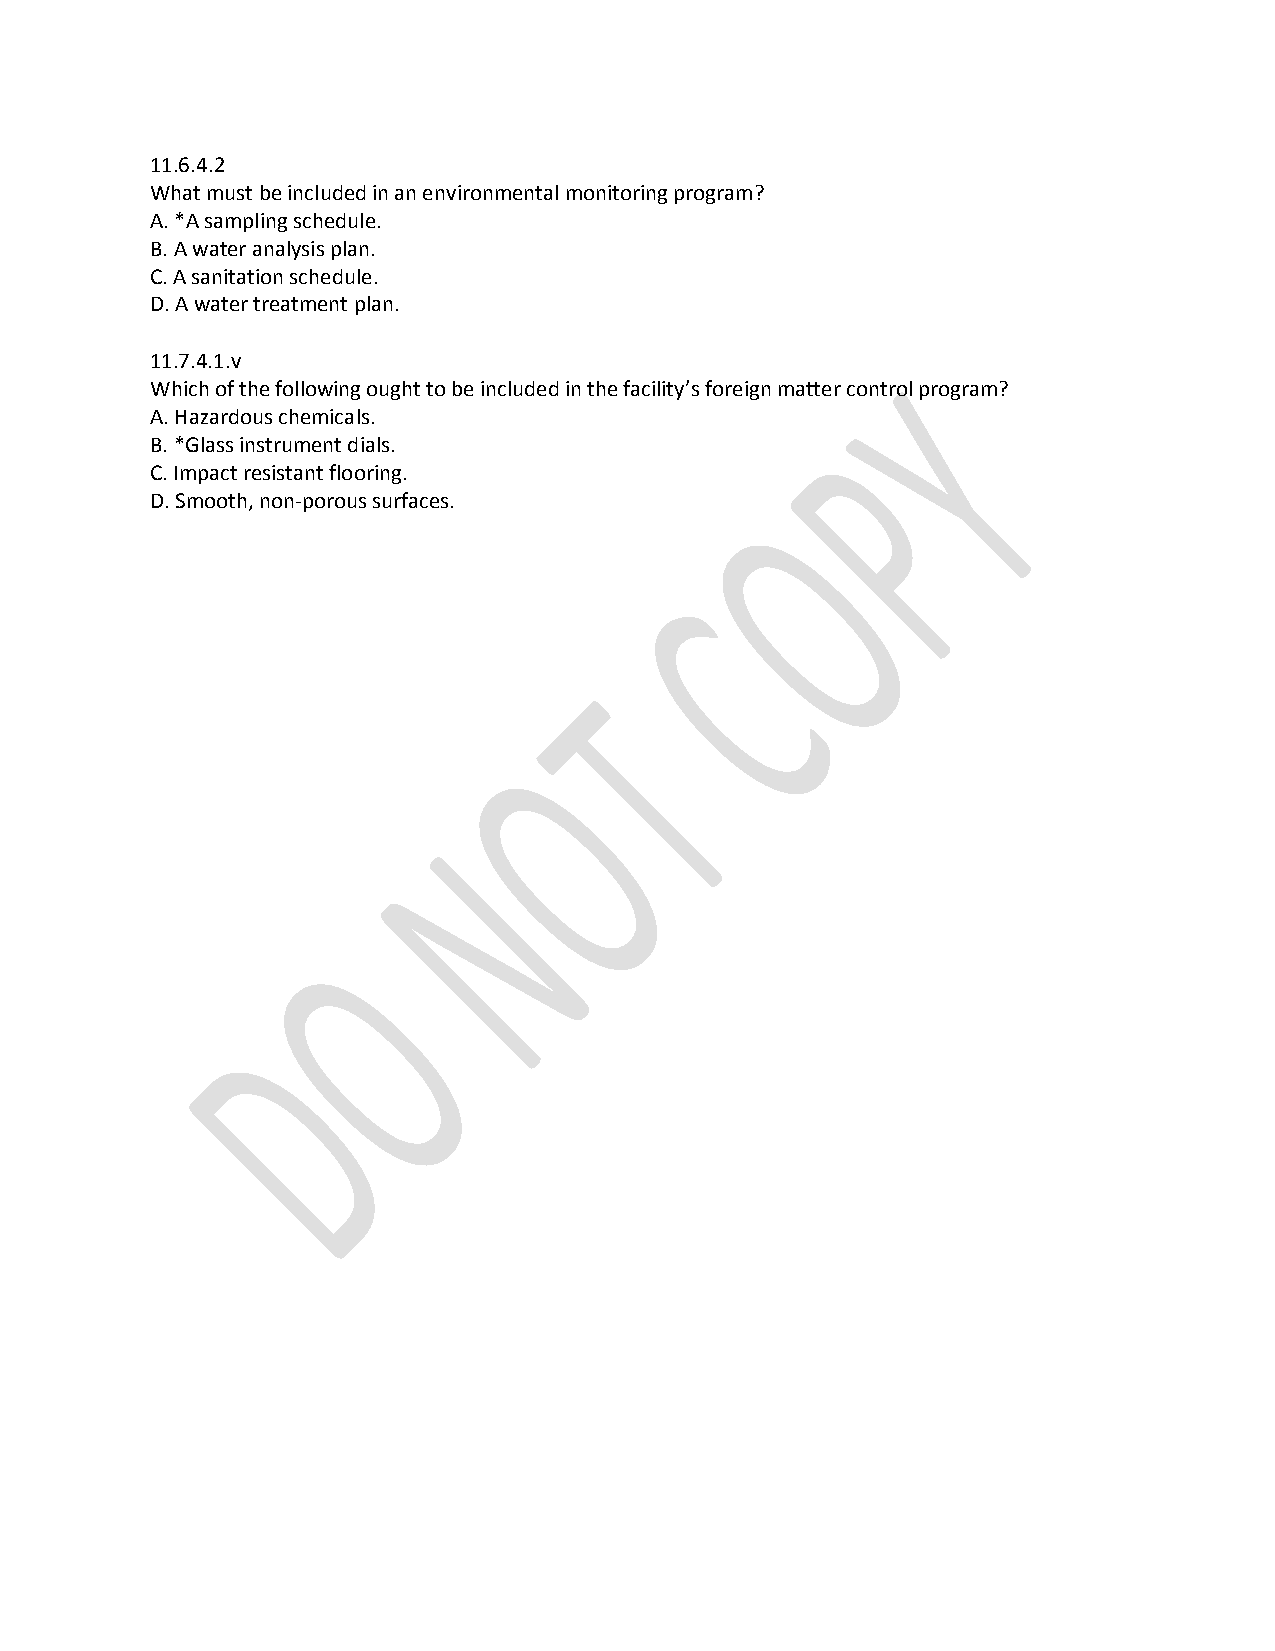
11.6.4.2
 What must be included in an environmental monitoring program?
 A. *A sampling schedule.
 B. A water analysis plan.
 C. A sanitation schedule.
 D. A water treatment plan.
 11.7.4.1.v
 Which of the following ought to be included in the facility’s foreign matter control program?
 A. Hazardous chemicals.
 B. *Glass instrument dials.
 C. Impact resistant flooring.
 D. Smooth, non-porous surfaces.